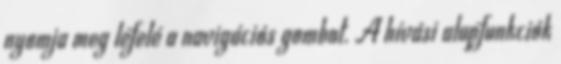
nyomja meg lefelé a navigációs gombot. A hívási alapfunkciók